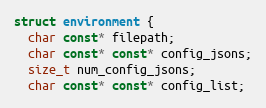
Language: C
struct environment {
  char const* filepath;
  char const* const* config_jsons;
  size_t num_config_jsons;
  char const* const* config_list;